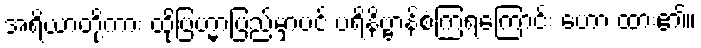
အရိယာတို့ကား ထိုဗြဟ္မာပြည်မှာပင် ပရိနိဗ္ဗာန်စံကြရကြောင်း ဟော ထား၏။